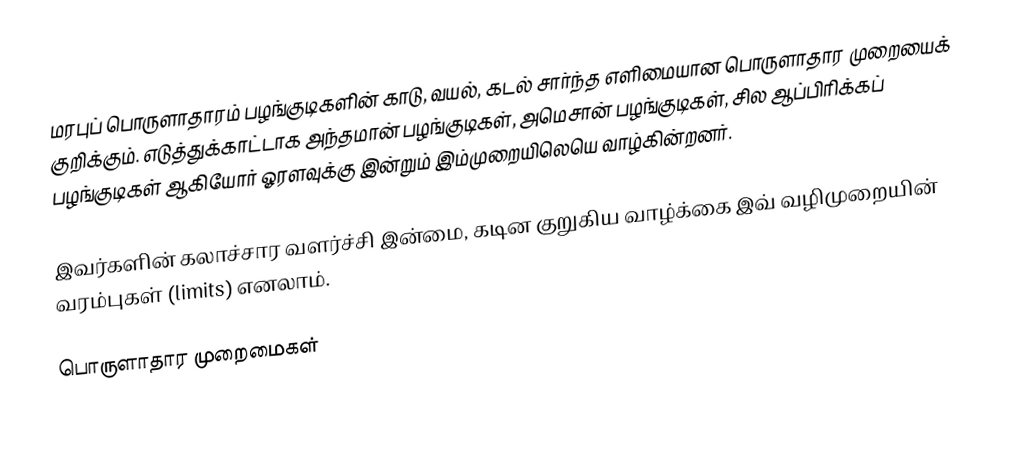
மரபுப் பொருளாதாரம் பழங்குடிகளின் காடு, வயல், கடல் சார்ந்த எளிமையான பொருளாதார முறையைக் குறிக்கும்.  எடுத்துக்காட்டாக அந்தமான் பழங்குடிகள், அமெசான் பழங்குடிகள், சில ஆப்பிரிக்கப் பழங்குடிகள் ஆகியோர் ஓரளவுக்கு இன்றும் இம்முறையிலெயெ வாழ்கின்றனர்.

இவர்களின் கலாச்சார வளர்ச்சி இன்மை, கடின குறுகிய வாழ்க்கை இவ் வழிமுறையின் வரம்புகள் (limits) எனலாம்.

பொருளாதார முறைமைகள்